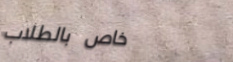
خاص بالطلاب